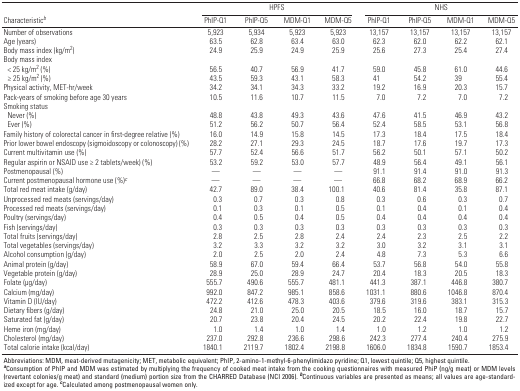
<table><thead><tr><td rowspan="2"><b>Characteristic<sup><i>b</i></sup></b></td><td colspan="4"><b>HPFS</b></td><td colspan="4"><b>NHS</b></td></tr><tr><td><b>PhIP-Q1</b></td><td><b>PhIP-Q5</b></td><td><b>MDM-Q1</b></td><td><b>MDM-Q5</b></td><td><b>PhIP-Q1</b></td><td><b>PhIP-Q5</b></td><td><b>MDM-Q1</b></td><td><b>MDM-Q5</b></td></tr></thead><tbody><tr><td><b>Number of observations</b></td><td>5,923</td><td>5,934</td><td>5,923</td><td>5,923</td><td>13,157</td><td>13,157</td><td>13,157</td><td>13,157</td></tr><tr><td><b>Age (years) </b></td><td>63.5</td><td>62.8</td><td>63.4</td><td>63.0</td><td>62.3</td><td>62.0</td><td>62.2</td><td>62.1</td></tr><tr><td><b>Body mass index (kg/m<sup>2</sup>)</b></td><td>24.9</td><td>25.9</td><td>24.9</td><td>25.9</td><td>25.6</td><td>27.3</td><td>25.4</td><td>27.4</td></tr><tr><td><b>Body mass index </b></td></tr><tr><td><b>&lt; 25 kg/m<sup>2</sup> (%)</b></td><td>56.5</td><td>40.7</td><td>56.9</td><td>41.7</td><td>59.0</td><td>45.8</td><td>61.0</td><td>44.6</td></tr><tr><td><b>≥ 25 kg/m<sup>2</sup> (%)</b></td><td>43.5</td><td>59.3</td><td>43.1</td><td>58.3</td><td>41</td><td>54.2</td><td>39</td><td>55.4</td></tr><tr><td><b>Physical activity, MET-hr/week</b></td><td>34.2</td><td>34.1</td><td>34.3</td><td>33.2</td><td>19.2</td><td>16.9</td><td>20.3</td><td>15.7</td></tr><tr><td><b>Pack-years of smoking before age 30 years</b></td><td>10.5</td><td>11.6</td><td>10.7</td><td>11.5</td><td>7.0</td><td>7.2</td><td>7.0</td><td>7.2</td></tr><tr><td><b>Smoking status</b></td></tr><tr><td><b>Never (%)</b></td><td>48.8</td><td>43.8</td><td>49.3</td><td>43.6</td><td>47.6</td><td>41.5</td><td>46.9</td><td>43.2</td></tr><tr><td><b>Ever (%)</b></td><td>51.2</td><td>56.2</td><td>50.7</td><td>56.4</td><td>52.4</td><td>58.5</td><td>53.1</td><td>56.8</td></tr><tr><td><b>Family history of colorectal cancer in first-degree relative (%)</b></td><td>16.0</td><td>14.9</td><td>15.8</td><td>14.5</td><td>17.3</td><td>18.4</td><td>17.5</td><td>18.4</td></tr><tr><td><b>Prior lower bowel endoscopy (sigmoidoscopy or colonoscopy) (%)</b></td><td>28.2</td><td>27.1</td><td>29.3</td><td>24.5</td><td>18.7</td><td>17.6</td><td>19.7</td><td>17.3</td></tr><tr><td><b>Current multivitamin use (%)</b></td><td>57.7</td><td>52.4</td><td>56.6</td><td>51.7</td><td>56.2</td><td>50.1</td><td>57.1</td><td>50.2</td></tr><tr><td><b>Regular aspirin or NSAID use ≥ 2 tablets/week) (%)</b></td><td>53.2</td><td>59.2</td><td>53.0</td><td>57.7</td><td>48.9</td><td>56.4</td><td>49.1</td><td>56.1</td></tr><tr><td><b>Postmenopausal (%)</b></td><td>—</td><td>—</td><td>—</td><td>—</td><td>91.1</td><td>91.4</td><td>91.0</td><td>91.3</td></tr><tr><td><b>Current postmenopausal hormone use (%)<sup><i>c</i></sup></b></td><td>—</td><td>—</td><td>—</td><td>—</td><td>66.8</td><td>68.2</td><td>68.9</td><td>66.2</td></tr><tr><td><b>Total red meat intake (g/day)</b></td><td>42.7</td><td>89.0</td><td>38.4</td><td>100.1</td><td>40.6</td><td>81.4</td><td>35.8</td><td>87.1</td></tr><tr><td><b>Unprocessed red meats (servings/day)</b></td><td>0.3</td><td>0.7</td><td>0.3</td><td>0.8</td><td>0.3</td><td>0.6</td><td>0.3</td><td>0.7</td></tr><tr><td><b>Processed red meats (servings/day)</b></td><td>0.1</td><td>0.3</td><td>0.1</td><td>0.5</td><td>0.1</td><td>0.4</td><td>0.1</td><td>0.4</td></tr><tr><td><b>Poultry (servings/day)</b></td><td>0.4</td><td>0.5</td><td>0.4</td><td>0.5</td><td>0.4</td><td>0.4</td><td>0.4</td><td>0.4</td></tr><tr><td><b>Fish (servings/day)</b></td><td>0.3</td><td>0.3</td><td>0.3</td><td>0.3</td><td>0.3</td><td>0.3</td><td>0.3</td><td>0.3</td></tr><tr><td><b>Total fruits (servings/day)</b></td><td>2.8</td><td>2.5</td><td>2.8</td><td>2.4</td><td>2.4</td><td>2.3</td><td>2.5</td><td>2.2</td></tr><tr><td><b>Total vegetables (servings/day)</b></td><td>3.2</td><td>3.3</td><td>3.2</td><td>3.2</td><td>3.0</td><td>3.2</td><td>3.1</td><td>3.1</td></tr><tr><td><b>Alcohol consumption (g/day)</b></td><td>2.0</td><td>2.5</td><td>2.0</td><td>2.4</td><td>4.8</td><td>7.3</td><td>5.3</td><td>6.6</td></tr><tr><td><b>Animal protein (g/day)</b></td><td>58.9</td><td>67.0</td><td>59.4</td><td>66.4</td><td>53.7</td><td>56.8</td><td>54.0</td><td>55.8</td></tr><tr><td><b>Vegetable protein (g/day)</b></td><td>28.9</td><td>25.0</td><td>28.9</td><td>24.7</td><td>20.4</td><td>18.3</td><td>20.5</td><td>18.3</td></tr><tr><td><b>Folate (μg/day)</b></td><td>555.7</td><td>490.6</td><td>555.7</td><td>481.1</td><td>441.3</td><td>387.1</td><td>446.8</td><td>380.7</td></tr><tr><td><b>Calcium (mg/day)</b></td><td>992.0</td><td>847.2</td><td>985.1</td><td>858.6</td><td>1031.1</td><td>880.6</td><td>1046.8</td><td>870.4</td></tr><tr><td><b>Vitamin D (IU/day)</b></td><td>472.2</td><td>412.6</td><td>478.3</td><td>403.6</td><td>379.6</td><td>319.6</td><td>383.1</td><td>315.3</td></tr><tr><td><b>Dietary fibers (g/day)</b></td><td>24.8</td><td>21.0</td><td>25.0</td><td>20.5</td><td>18.5</td><td>16.0</td><td>18.7</td><td>15.7</td></tr><tr><td><b>Saturated fat (g/day)</b></td><td>20.7</td><td>23.8</td><td>20.4</td><td>24.5</td><td>20.2</td><td>22.4</td><td>19.8</td><td>22.7</td></tr><tr><td><b>Heme iron (mg/day)</b></td><td>1.0</td><td>1.4</td><td>1.0</td><td>1.4</td><td>1.0</td><td>1.2</td><td>1.0</td><td>1.2</td></tr><tr><td><b>Cholesterol (mg/day)</b></td><td>237.0</td><td>292.8</td><td>236.6</td><td>298.6</td><td>242.3</td><td>277.4</td><td>240.4</td><td>275.9</td></tr><tr><td><b>Total calorie intake (kcal/day)</b></td><td>1840.1</td><td>2119.7</td><td>1802.4</td><td>2198.8</td><td>1606.0</td><td>1834.8</td><td>1590.7</td><td>1853.4</td></tr></tbody></table>